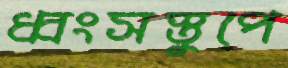
ধ্বংসস্তুপে